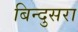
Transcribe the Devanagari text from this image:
बिन्दुसरा